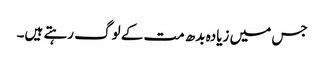
جس میں زیادہ بدھ مت کے لوگ رہتے ہیں۔